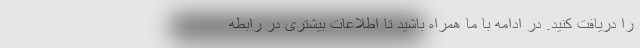
را دریافت کنید. در ادامه با ما همراه باشید تا اطلاعات بیشتری در رابطه